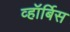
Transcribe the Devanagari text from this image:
व्हॉर्बिस